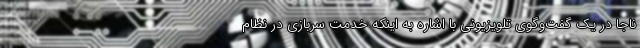
ناجا در یک گفت‌وگوی تلویزیونی با اشاره به اینکه خدمت سربازی در نظام